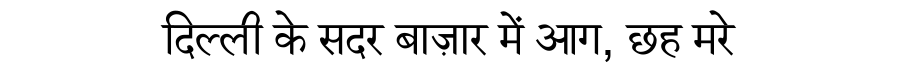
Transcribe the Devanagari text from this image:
दिल्ली के सदर बाज़ार में आग, छह मरे